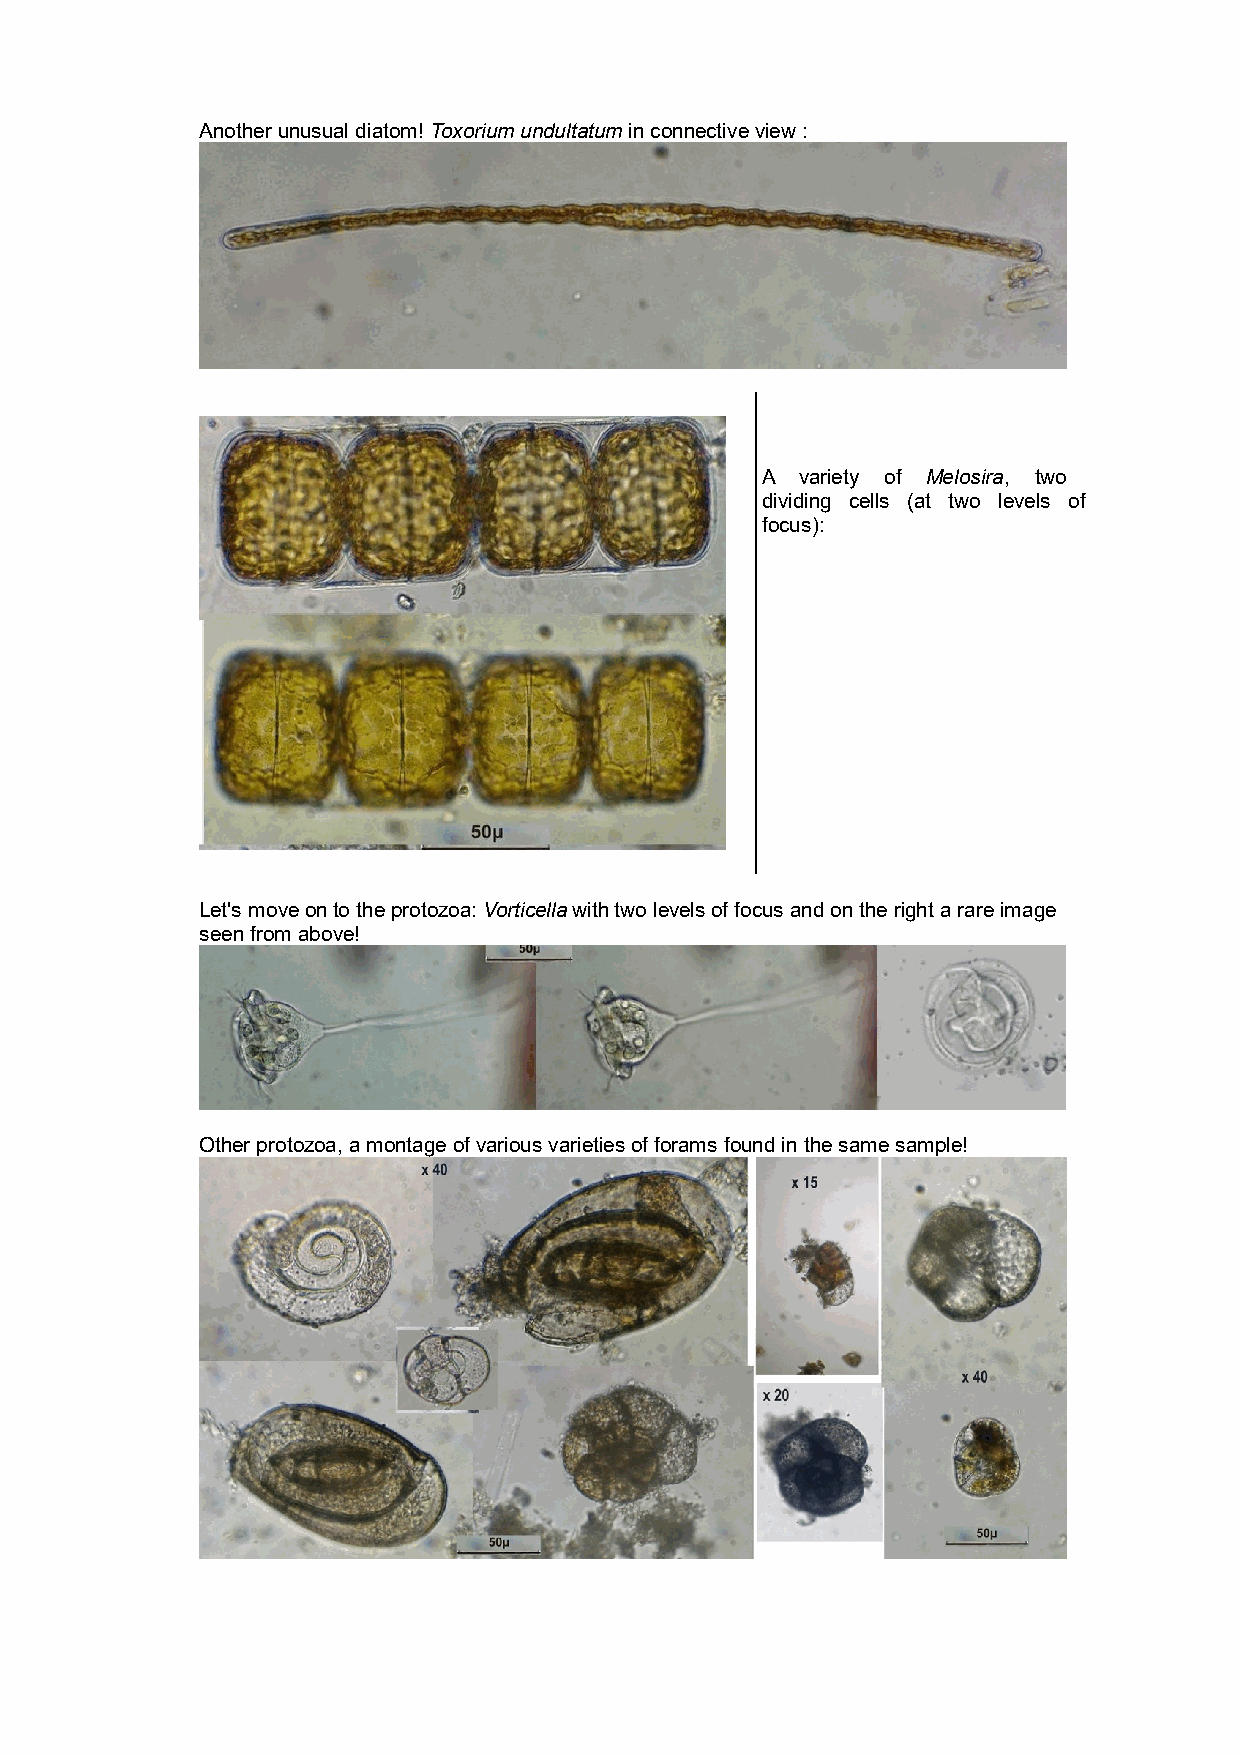
Another unusual diatom! Toxorium undultatum in connective view :
 A  variety of Melosira, two
 dividing cells (at two levels of
 focus):
 Let's move on to the protozoa: Vorticella with two levels of focus and on the right a rare image
 seen from above!
 Other protozoa, a montage of various varieties of forams found in the same sample!